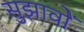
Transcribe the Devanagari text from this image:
सुझावोें